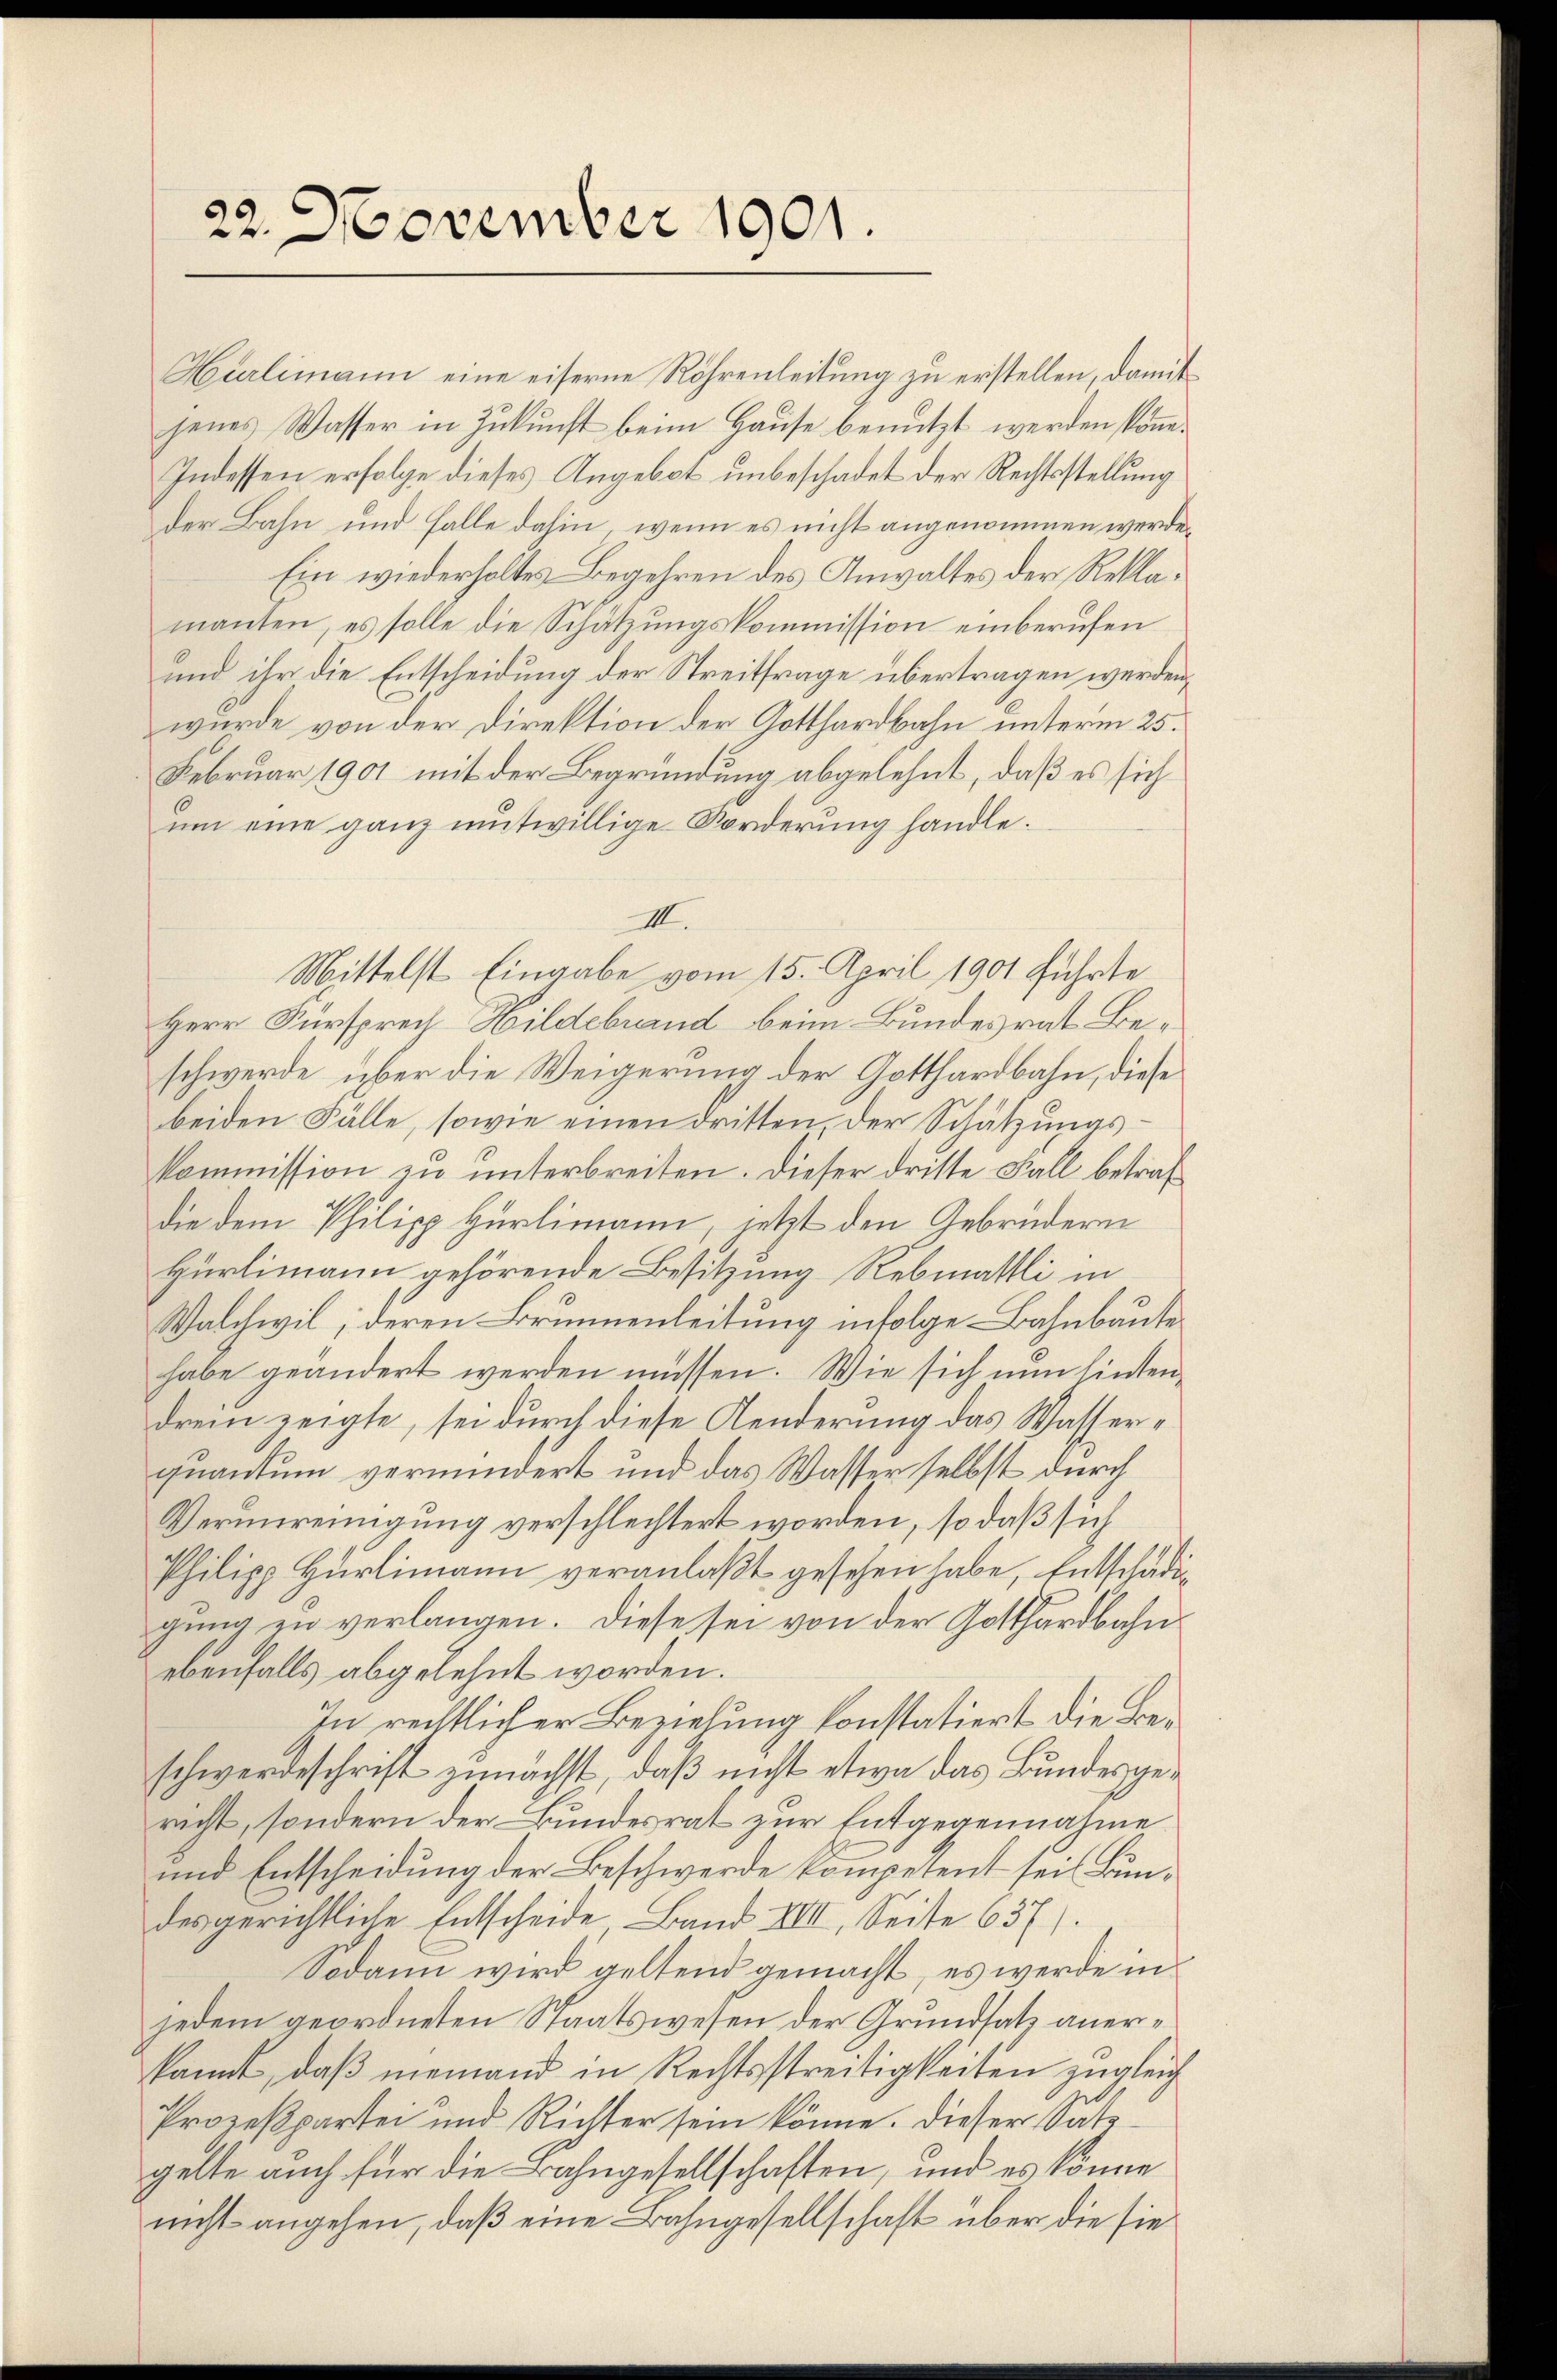
22. November 1901.

Hürlimann eine eiserne Röhrenleitung zu erstellen, damit
jenes Wasser in Zukunft beim Hause benutzt werden könne.
Indessen erfolge dieses Angebot unbeschadet der Rechtsstellung
der Bahn und Falle dahin, wenn es nicht angenommen werden
Ein wiederholtes Begehren des Anwaltes der Reklamanten, es solle die Schätzungskommission einberufen
und ihr die Entscheidung der Streitfrage übertragen werden,
wurde von der Direktion der Gotthardbahn unterm 25.
Februar 1901 mit der Begründung abgelehnt, daß es sich
ŭm eine ganz mutwillige Forderung handle.
III.
Mittelst Eingabe vom 15. April 1901 führte
Herr Fürsprech Hildebrand beim Bundesrat Beschwerde über die Weigerung der Gotthardbahn, diese
beiden Fälle, sowie einen dritten der Schätzungs¬
Kommission zu unterbreiten. Dieser dritte Fall betrafdie dem Philipp Hürlimann, jetzt den Gebrüdern
Hürlimann gehörende Besitzung Rebmattli in
Walchwil; deren Brunnenleitung infolge Bahnbaute
habe geändert werden müssen. Wie sich nun hintendrei zeigte, sei durch diese Aenderung das Wasserquantum vermindert und das Wasser selbst durch
Verunreinigung verschlechtert worden, so daß sich
Philipp Hürlimann veranlaßt gesehen habe, Entschädigung en verlangen. Diese sei von der Gotthardbahnebenfalls abgelehnt worden.
In rechtlicher Beziehung konstatiert die Beschwerdeschrift zunächst, daß nicht etwa das Bundesgericht, sondern der Bundesrat zur Entgegennahme
und Entscheidung der Beschwerde kompetent sein Bundesgerichtliche Entscheide Band XIII. Seite 637).
Sodann wird geltend gemacht, es werde in
jedem geordneten Staatswesen der Grundsatz anerkannt, daß niemand in Rechtsstreitigkeiten zugleich
.
Prozeßpartei und Richter sein könne. Dieser Vate
gelte auch für die Bahngesellschaften, und es könne
nicht angehen, daß eine Bahngesellschaft über die sie